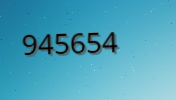
945654